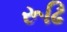
રૂઢિ